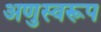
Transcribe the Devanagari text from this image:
अणुस्वरूप